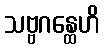
သဗ္ဗဂန္ထေဟိ